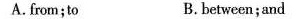
A.from;to B.between;and